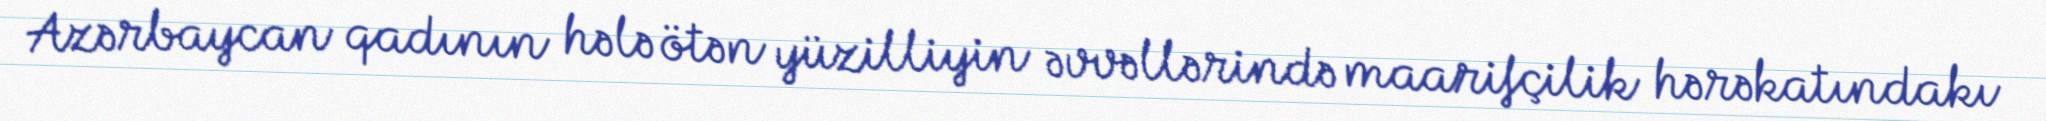
Azərbaycan qadının hələ ötən yüzilliyin əvvəllərində maarifçilik hərəkatındakı